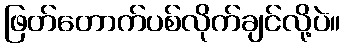
ဖြတ်တောက်ပစ်လိုက်ချင်လို့ပဲ။